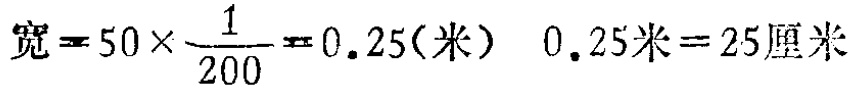
宽=$50\times\frac{1}{200}=0.25(米)\ \ 0.25米 = 25厘米$